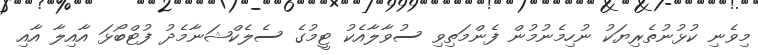
މިވެނި ކުޅުނުތެރިޔަކު ނުހިމެނުމުން ފެންމަތިވި ސުވާލާއެކު ޓީމުގެ ސެލެކްޝަނާމެދު ފުޓްބޯޅަ އާއިލާ އާއި